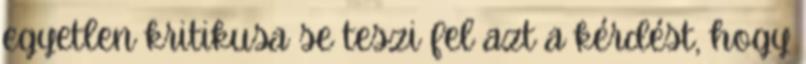
egyetlen kritikusa se teszi fel azt a kérdést, hogy